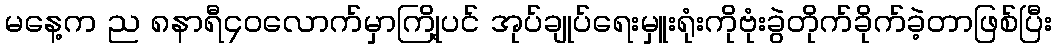
မနေ့က ည ၈နာရီ၄၀လောက်မှာကြို့ပင် အုပ်ချုပ်ရေးမှူးရုံးကိုဗုံးခွဲတိုက်ခိုက်ခဲ့တာဖြစ်ပြီး